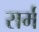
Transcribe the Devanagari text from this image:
सर्म